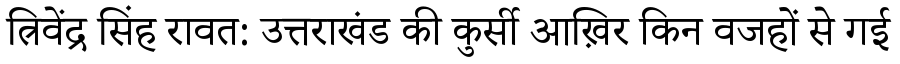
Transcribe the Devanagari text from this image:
त्रिवेंद्र सिंह रावत: उत्तराखंड की कुर्सी आख़िर किन वजहों से गई